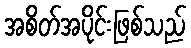
အစိတ်အပိုင်းဖြစ်သည်